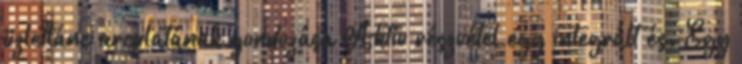
üzletlánc arculatának gondozása Aktív részvétel egy integrált és. Egy